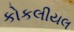
કોકલીયલ